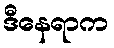
ဒီနေရာက